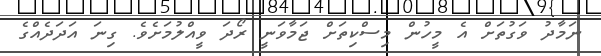
ނަމާދު ވަގުތަށް އެ މީހުން މިސްކިތަށް ޖަމާވަނީ ރޯދަ ވީއްލުމަށެވެ. ގިނަ އަދަދެއްގެ